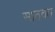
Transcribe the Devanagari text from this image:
साठवत